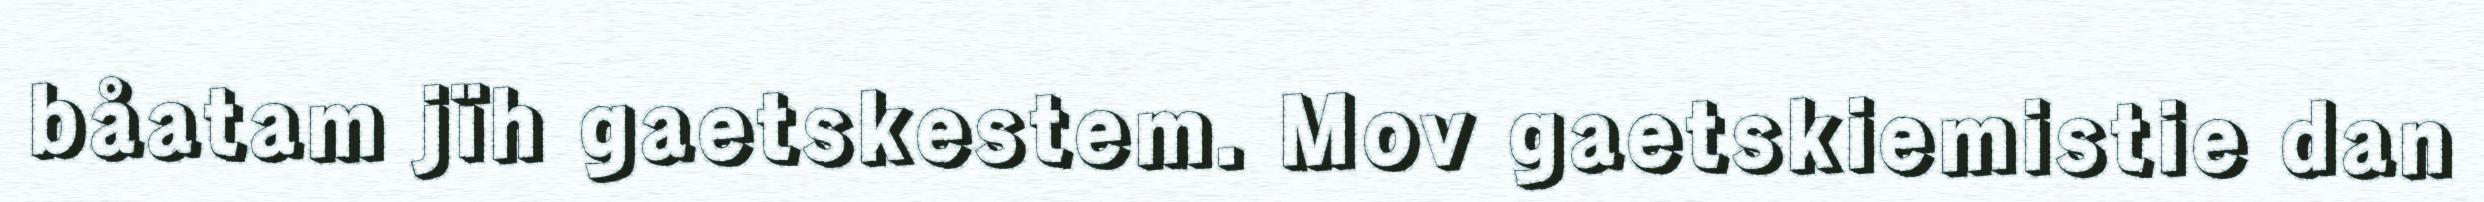
båatam jïh gaetskestem. Mov gaetskiemistie dan